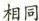
相同